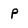
Character: p